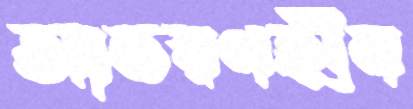
আভরণহীন